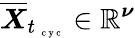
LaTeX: \overline{{\boldsymbol X}}_{t_{\mathrm{~\scriptsize~c~y~c~}}}\in\mathbb{R}^{\boldsymbol\nu}